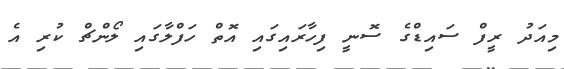
މިއަދު ރީފް ސައިޑްގެ ސޮނީ ފިހާރައިގައި އޮތް ހަފްލާގައި ލޯންޗް ކުރި އެ